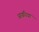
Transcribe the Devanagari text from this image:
अछरिया